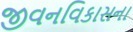
જીવનવિકાસના